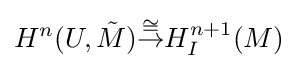
H^{n}(U,{\tilde {M}}){\stackrel {\cong }{\to }}H_{I}^{n+1}(M)